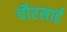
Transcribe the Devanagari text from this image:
चौरसाई